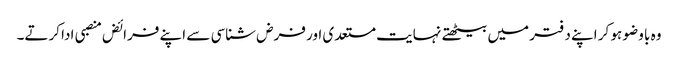
وہ با وضو ہو کر اپنے دفتر میں بیٹھتے نہایت مستعدی اور فرض شناسی سے اپنے فرائض منصبی ادا کرتے۔